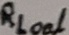
Text: RLoal